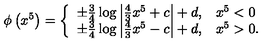
\phi \left( x ^ { 5 } \right) = \left\{ \begin{array} { l l } { \pm \frac { 3 } { 4 } \log \left| \frac { 4 } { 3 } x ^ { 5 } + c \right| + d , } & { x ^ { 5 } < 0 } \\ { \pm \frac { 3 } { 4 } \log \left| \frac { 4 } { 3 } x ^ { 5 } - c \right| + d , } & { x ^ { 5 } > 0 . } \\ \end{array} \right.